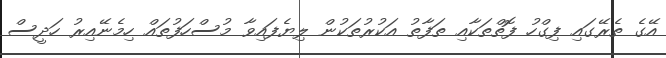
އޭގެ ތެރޭގައި ފިގްހު ފޮތްތަކާއި ތަފާތު އަކުރުތަކުން ލިޔެފައިވާ މުސްހަފުތައް ހިމެނޭއިރު ހަދީސް